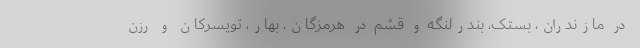
در مازندران، بستک، بندرلنگه و قشم در هرمزگان، بهار، تویسرکان و رزن